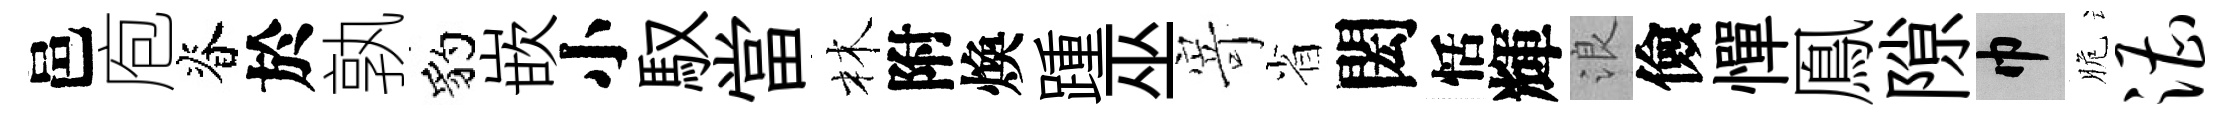
邑庖脊於孰豹嵌小馭當林附煥踵巫𭔃省閎恬輝浪儉憚鳯隙巾脆漕